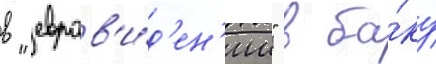
в "евров'и́д'ен'ии" в ба́ку